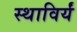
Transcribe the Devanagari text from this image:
स्थाविर्यं